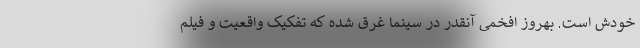
خودش است. بهروز افخمی آنقدر در سینما غرق شده که تفکیک واقعیت و فیلم